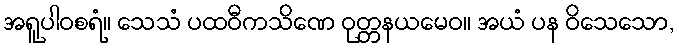
အရူပါဝစရံ။ သေသံ ပထဝီကသိဏေ ဝုတ္တနယမေဝ။ အယံ ပန ဝိသေသော,